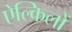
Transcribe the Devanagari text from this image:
ऐल्किलों